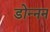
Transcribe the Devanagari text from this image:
डोन्नन